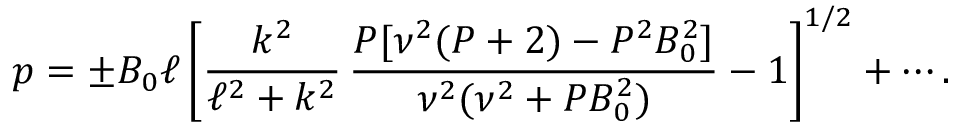
p = \pm B _ { 0 } \ell \left[ \frac { k ^ { 2 } } { \ell ^ { 2 } + k ^ { 2 } } \, \frac { P [ \nu ^ { 2 } ( P + 2 ) - P ^ { 2 } B _ { 0 } ^ { 2 } ] } { \nu ^ { 2 } ( \nu ^ { 2 } + P B _ { 0 } ^ { 2 } ) } - 1 \right] ^ { 1 / 2 } + \cdots .